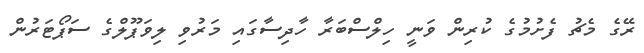
ރޭގެ މެޗު ފެށުމުގެ ކުރިން ވަނީ ހިލްސްބަރާ ހާދިސާގައި މަރުވި ލިވަޕޫލްގެ ސަޕޯޓަރުން